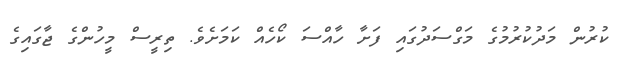
ކުރުން މަދުކުރުމުގެ މަގްސަދުގައި ފަށާ ހާއްސަ ކޯހެއް ކަމަށެވެ. ތިރީސް މީހުންގެ ޖާގައިގެ